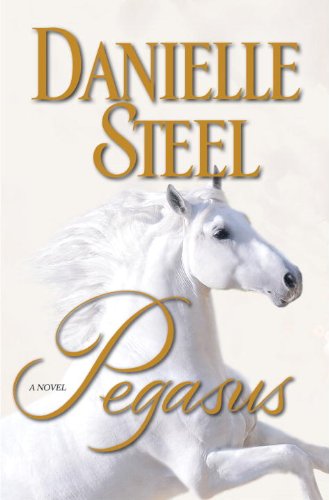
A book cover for Pegasus: A Novel; Danielle Steel; Romance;